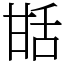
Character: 甛